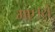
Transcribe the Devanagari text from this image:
गए।ये